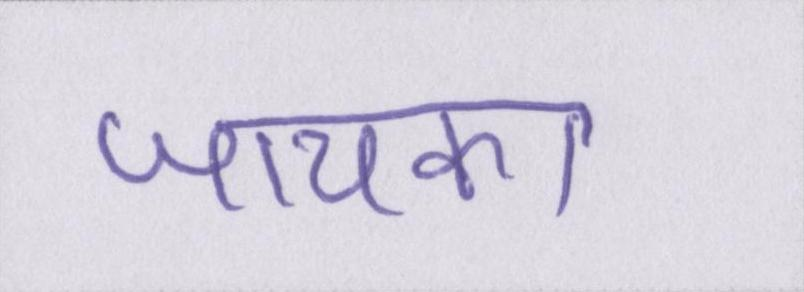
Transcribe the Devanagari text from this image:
जायका